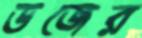
ডজের